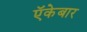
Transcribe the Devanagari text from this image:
ऍकेबार